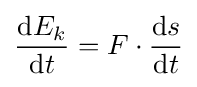
{\frac {\mathrm {d} E_{k}}{\mathrm {d} t}}=F\cdot {\frac {\mathrm {d} s}{\mathrm {d} t}}